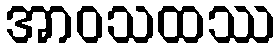
အာဝသထဿ